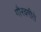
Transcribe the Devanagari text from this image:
गौरवगीते